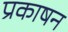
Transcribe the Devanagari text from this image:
प्रकाषन